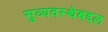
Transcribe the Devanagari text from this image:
सुव्यवस्थेबद्दल